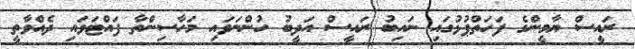
ރައީސް ޔާމީންގެ ފަހަތްޕުޅުގައި ނައިބު ރައީސް އަދީބު ހުންނަވައި މަހާސިންތާ ފައްޓަވައި ދެއްވާތީ